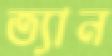
ত্যান